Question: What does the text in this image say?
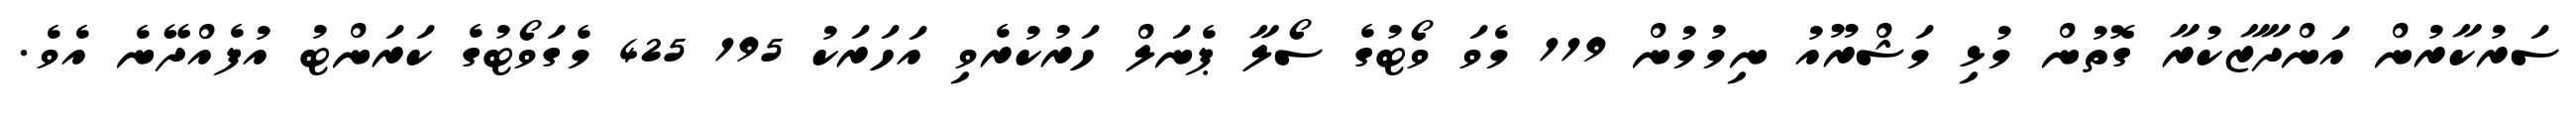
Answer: ސަރުކާރުން އަންދާޒާކުރާ ގޮތުން މުޅި މަޝްރޫއު ނިމުމުން 119 މެވަ ވޯޓުގެ ސޯލާ ޕެނަލް ހަރުކުރެވި އަހަރަކު 195 425 މެގަވޯޓުގެ ކަރަންޓު އުފެއްދޭނެ އެވެ.